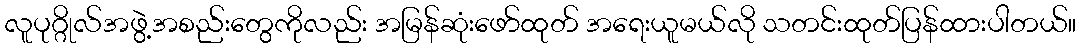
လူပုဂ္ဂိုလ်အဖွဲ့အစည်းတွေကိုလည်း အမြန်ဆုံးဖော်ထုတ် အရေးယူမယ်လို သတင်းထုတ်ပြန်ထားပါတယ်။